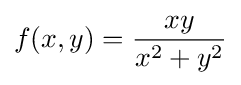
f(x,y)={\frac {xy}{x^{2}+y^{2}}}